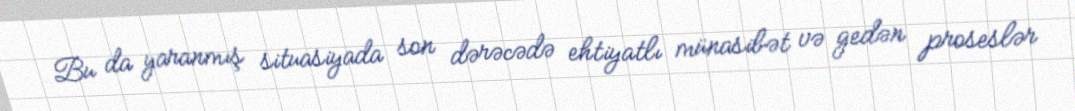
Bu da yaranmış situasiyada son dərəcədə ehtiyatlı münasibət və gedən proseslər